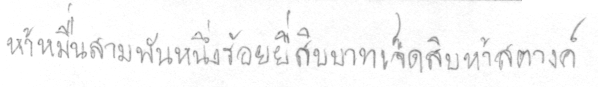
ห้าหมื่นสามพันหนึ่งร้อยยี่สิบบาทเจ็ดสิบห้าสตางค์